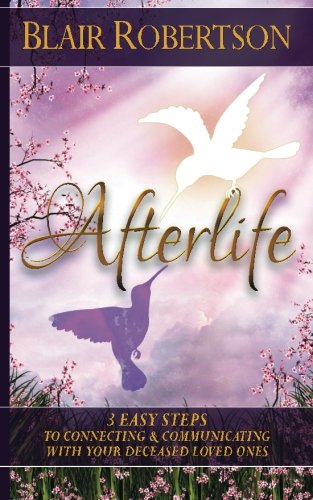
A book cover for Afterlife: 3 Easy Ways To Connect And Communicate With Your Deceased Loved Ones (3 Easy Steps) (Volume 3); Blair Robertson; Religion & Spirituality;